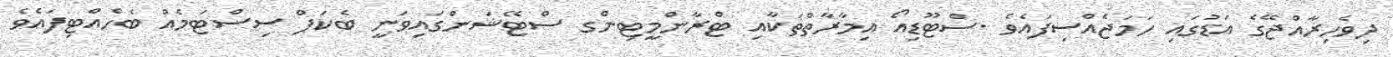
ދިވެހިރާއްޖޭގެ އަޑުގައި ހަމަޖެއްސިފައެވެ .ސްޓޫޑިއޯ އިމާރާތްތަކާއި ޓްރާންމީޓިންގ ސްޓޭޝަންގައިވަނީ ބެކަޕް ސިސްޓަމެއް ބެހެއްޓިފައެވެ